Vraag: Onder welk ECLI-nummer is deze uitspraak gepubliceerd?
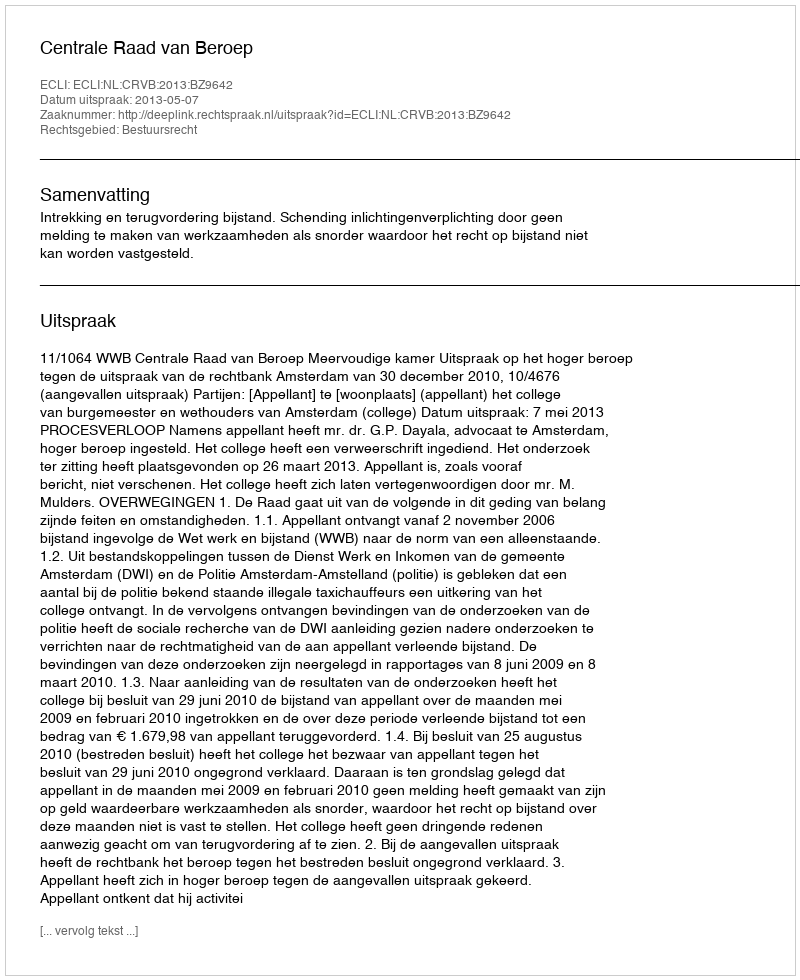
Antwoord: ECLI:NL:CRVB:2013:BZ9642